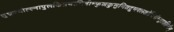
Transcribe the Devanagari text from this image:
शुभ्रज्योत्स्नापुलकितयामिनीम्फुल्लकुसुमितद्रुमदलशोभिनीम्सुहासिनीम्